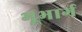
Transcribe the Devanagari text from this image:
भूभार्ग